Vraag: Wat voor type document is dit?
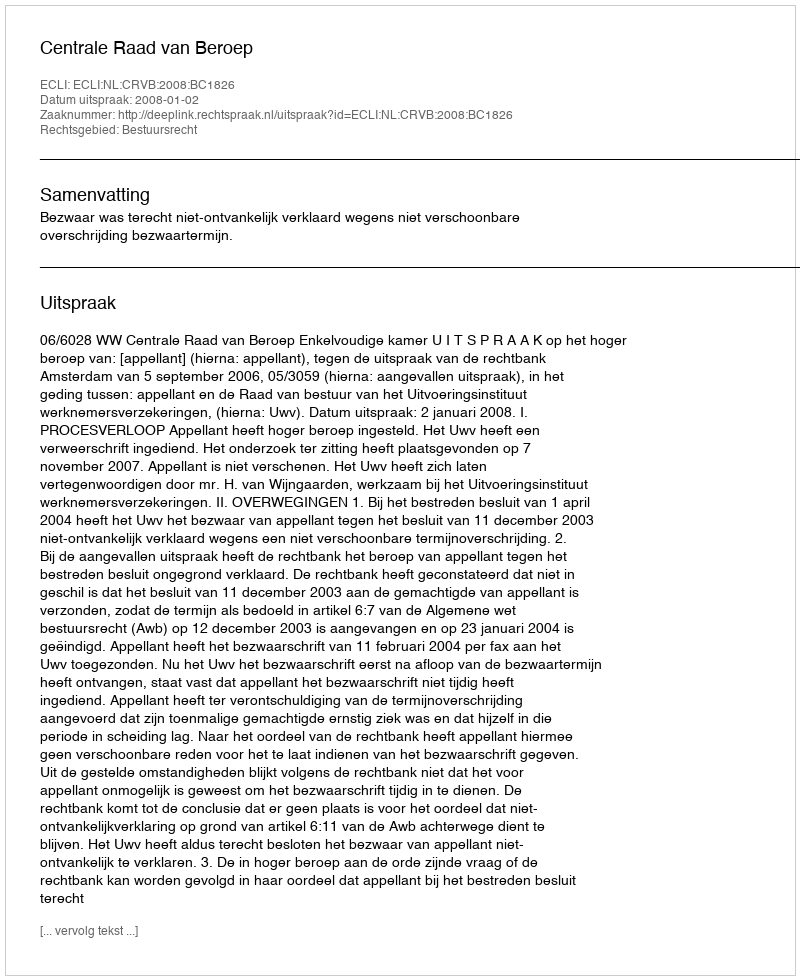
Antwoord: Uitspraak